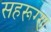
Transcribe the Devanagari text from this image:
सहरूग्ण